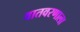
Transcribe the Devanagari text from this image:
वातवरणाला